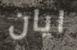
ايان